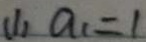
( 1 ) a _ { 1 } = 1